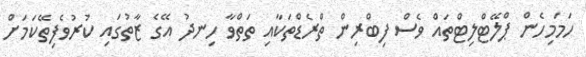
ހަމަމިހެން ޕްލޭޓްލިޓްތައް ވެސް ފިބްރިން ތްރެޑްތަކާއި ތަތްވާ ހިނދު އޭގެ ޒާތުގައި ކުރުވެފިތޭކަމަށް